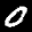
Label: 0